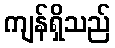
ကျန်ရှိသည်